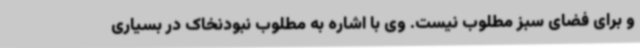
و برای فضای سبز مطلوب نیست. وی با اشاره به مطلوب نبودنخاک در بسیاری